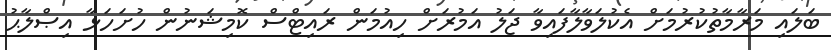
ބަލައި މަރާމާތުކުރުމަށް އެކުލަވާލާފައިވާ ޖަލު އަމުރަށް ހިއުމަން ރައިޓްސް ކޮމިޝަނުން ހުށަހަޅާ އިޞްލާޙު